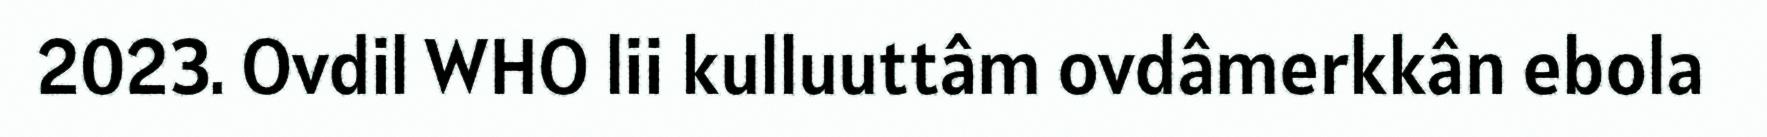
2023. Ovdil WHO lii kulluuttâm ovdâmerkkân ebola